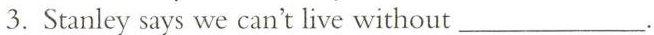
3.Stanley says we can't live without ___